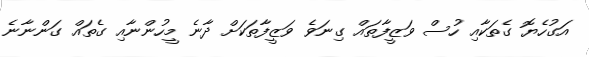
އަގުހެޔޮ ގެތަކާއި ހުސް ވަޒީފާތައް ގިނަވެ ވަޒީފާތަކަށް ދާނެ މީހުންނާއި ގެތައް ގަންނާނެ